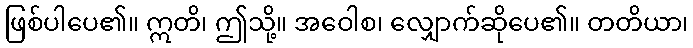
ဖြစ်ပါပေ၏။ ဣတိ၊ ဤသို့။ အဝေါစ၊ လျှောက်ဆိုပေ၏။ တတိယာ၊